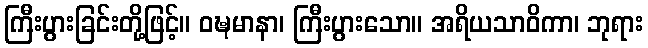
ကြီးပွားခြင်းတို့ဖြင့်။ ဝဍ္ဎမာနာ၊ ကြီးပွားသော။ အရိယသာဝိကာ၊ ဘုရား